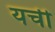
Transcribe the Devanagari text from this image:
यची